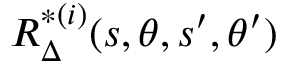
R _ { \Delta } ^ { * ( i ) } ( s , \theta , s ^ { \prime } , \theta ^ { \prime } )